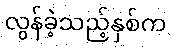
လွန်ခဲ့သည့်နှစ်က